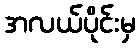
အလယ်ပိုင်းမှ